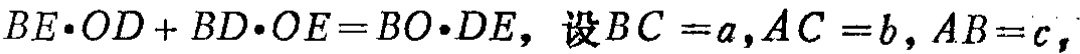
\(BE\cdot OD + BD\cdot OE = BO\cdot DE，设BC = a，AC = b，AB = c，\)